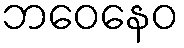
ဘဝေနေဝ